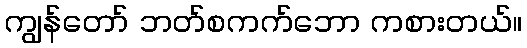
ကျွန်တော် ဘတ်စကက်ဘော ကစားတယ်။